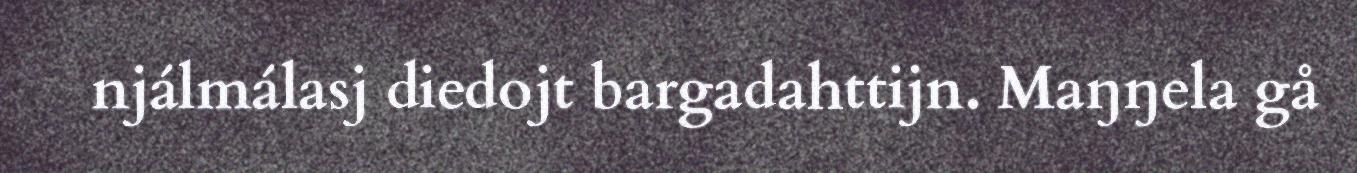
njálmálasj diedojt bargadahttijn. Maŋŋela gå